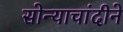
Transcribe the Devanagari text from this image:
सोन्याचांदीने